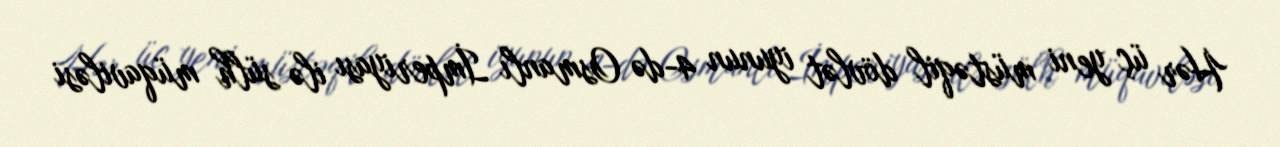
Hər üç yeni müstəqil dövlət iyunun 4-də Osmanlı İmperiyası ilə sülh müqaviləsi